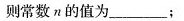
则常数n的值为___；